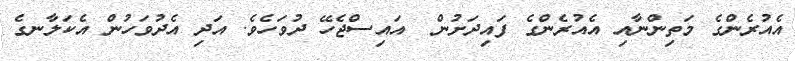
އެއުރެންގެ މަތިންނާއި އެއުރެންގެ ފައިދަށުން  އައިސްޖެހޭ ދުވަހެވެ. އަދި އެދުވަހުން އެކަލާނގެ